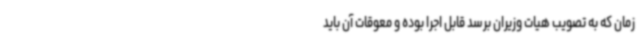
زمان که به تصویب هیات وزیران برسد قابل اجرا بوده و معوقات آن باید